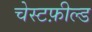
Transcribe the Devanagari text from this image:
चेस्टफ़ील्ड